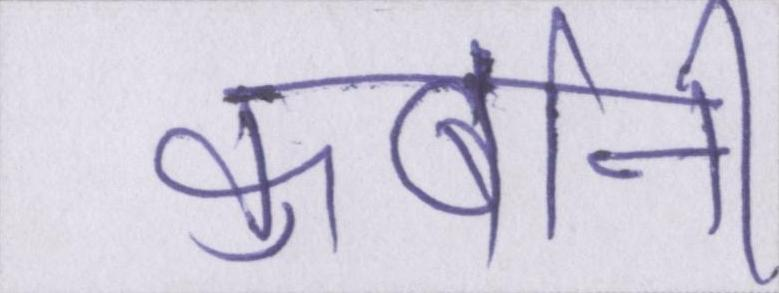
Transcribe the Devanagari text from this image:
कुर्बानी